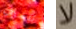
تنصرف لا